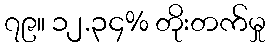
၇၉။ ၁၂.၃၄% တိုးတက်မှု